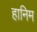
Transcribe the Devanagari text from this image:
हानिम